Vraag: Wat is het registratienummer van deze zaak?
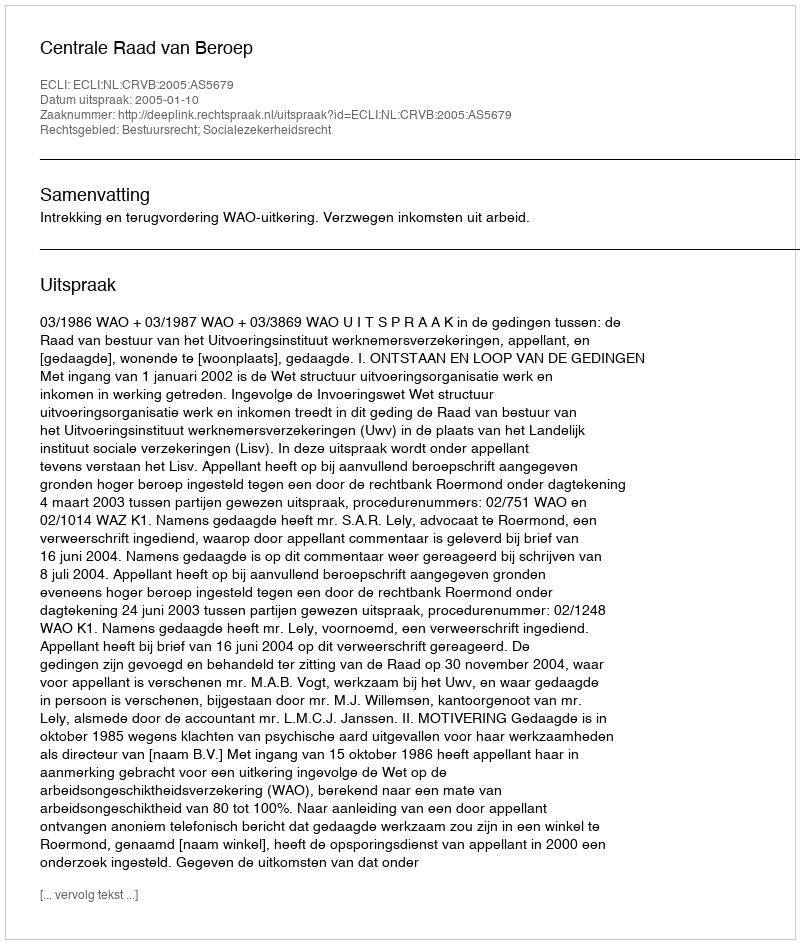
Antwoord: http://deeplink.rechtspraak.nl/uitspraak?id=ECLI:NL:CRVB:2005:AS5679